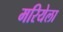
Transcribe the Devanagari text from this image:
मरियेला